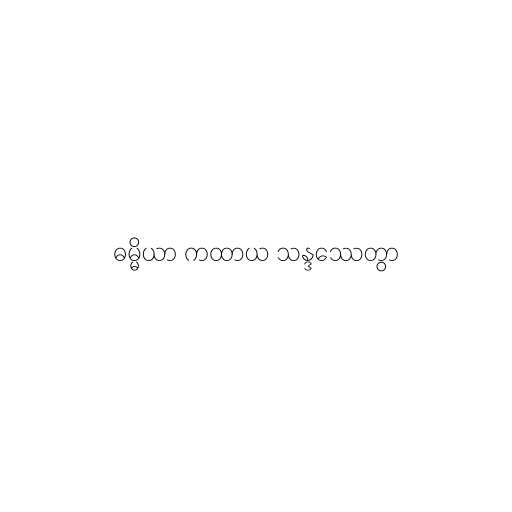
ဓမ္မိယာ ကထာယ သန္ဒဿေတွာ